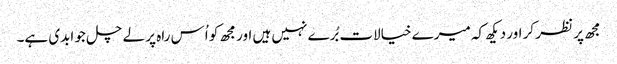
مجھ پر نظر کر اور دیکھ کہ میرے خیالات بُرے نہیں ہیں اور مجھ کو اُس راہ پر لے چل جو ابدی ہے۔